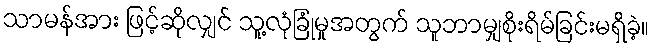
သာမန်အား ဖြင့်ဆိုလျှင် သူ့လုံခြုံမှုအတွက် သူဘာမျှစိုးရိမ်ခြင်းမရှိခဲ့။